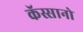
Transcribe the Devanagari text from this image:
कॅस्सानो